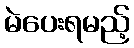
မဲပေးရမည့်